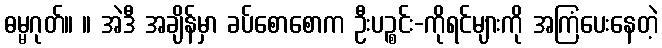
ဓမ္မဂုတ်။ ။ အဲဒီ အချိန်မှာ ခပ်စောစောက ဦးပဉ္စင်း-ကိုရင်များကို အကြံပေးနေတဲ့